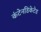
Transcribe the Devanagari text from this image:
कंटेनडिकेटेड